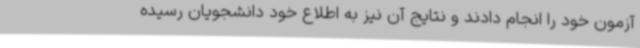
آزمون خود را انجام دادند و نتایج آن نیز به اطلاع خود دانشجویان رسیده